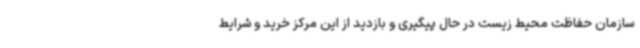
سازمان حفاظت محیط زیست در حال پیگیری و بازدید از این مرکز خرید و شرایط